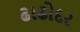
ઢાઢોદર